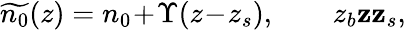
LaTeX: \widetilde{n_{0}}(z)=n_{0}\! +\! \Upsilon(z\! -\! z_{s}),\qquad z_{b}\le z\le z_{s},